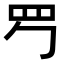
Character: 𦉶